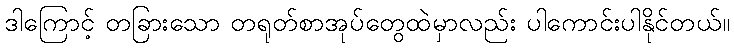
ဒါကြောင့် တခြားသော တရုတ်စာအုပ်တွေထဲမှာလည်း ပါကောင်းပါနိုင်တယ်။